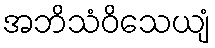
အဘိသံဝိသေယျံ